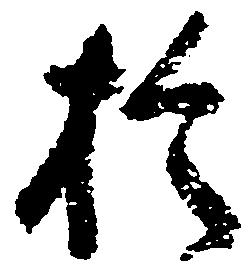
於